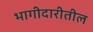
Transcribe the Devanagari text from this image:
भागीदारीतील